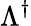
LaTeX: \Lambda^{\dagger}